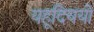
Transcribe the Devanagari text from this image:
यहूदिययों